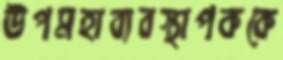
উপমহাব্যবস্থাপককে